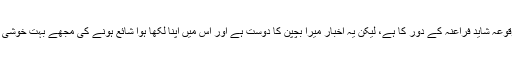
آپ کو شاید یہ زمانہ قبل از مسیح کی بات لگے، ویسے مجھے بھی ایسا ہی لگتا ہے کہ یہ وقوعہ شاید فراعنہ کے دور کا ہے، لیکن یہ اخبار میرا بچپن کا دوست ہے اور اس میں اپنا لکھا ہوا شائع ہونے کی مجھے بہت خوشی ہے اور میں اخبار کی انتظامیہ کا شدید مشکور و ممنون و شکرگذار و احسان مند وغیرہ ہوں۔